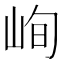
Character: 峋